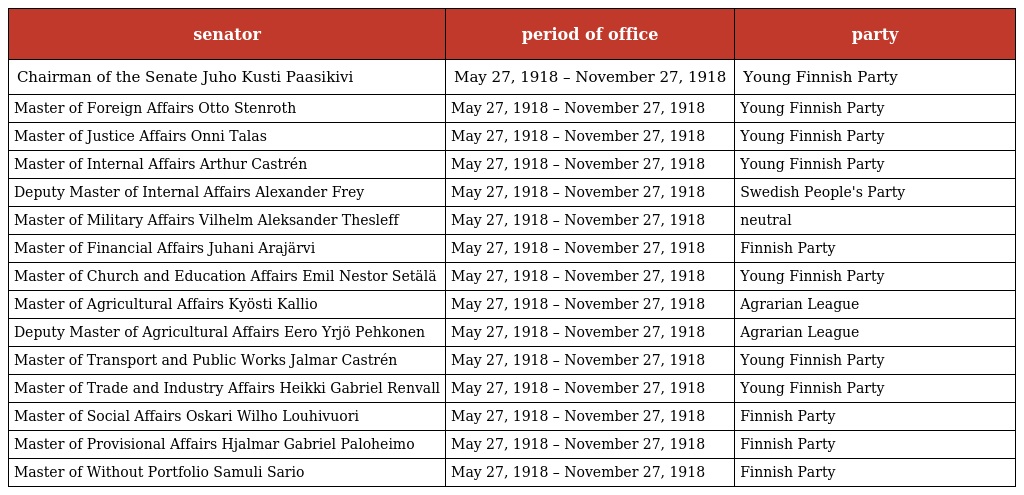
| senator | period of office | party |
 | --- | --- | --- |
 | Chairman of the Senate Juho Kusti Paasikivi | May 27, 1918 – November 27, 1918 | Young Finnish Party |
 | Master of Foreign Affairs Otto Stenroth | May 27, 1918 – November 27, 1918 | Young Finnish Party |
 | Master of Justice Affairs Onni Talas | May 27, 1918 – November 27, 1918 | Young Finnish Party |
 | Master of Internal Affairs Arthur Castrén | May 27, 1918 – November 27, 1918 | Young Finnish Party |
 | Deputy Master of Internal Affairs Alexander Frey | May 27, 1918 – November 27, 1918 | Swedish People's Party |
 | Master of Military Affairs Vilhelm Aleksander Thesleff | May 27, 1918 – November 27, 1918 | neutral |
 | Master of Financial Affairs Juhani Arajärvi | May 27, 1918 – November 27, 1918 | Finnish Party |
 | Master of Church and Education Affairs Emil Nestor Setälä | May 27, 1918 – November 27, 1918 | Young Finnish Party |
 | Master of Agricultural Affairs Kyösti Kallio | May 27, 1918 – November 27, 1918 | Agrarian League |
 | Deputy Master of Agricultural Affairs Eero Yrjö Pehkonen | May 27, 1918 – November 27, 1918 | Agrarian League |
 | Master of Transport and Public Works Jalmar Castrén | May 27, 1918 – November 27, 1918 | Young Finnish Party |
 | Master of Trade and Industry Affairs Heikki Gabriel Renvall | May 27, 1918 – November 27, 1918 | Young Finnish Party |
 | Master of Social Affairs Oskari Wilho Louhivuori | May 27, 1918 – November 27, 1918 | Finnish Party |
 | Master of Provisional Affairs Hjalmar Gabriel Paloheimo | May 27, 1918 – November 27, 1918 | Finnish Party |
 | Master of Without Portfolio Samuli Sario | May 27, 1918 – November 27, 1918 | Finnish Party |